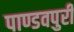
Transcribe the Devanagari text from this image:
पाण्डवपुरी